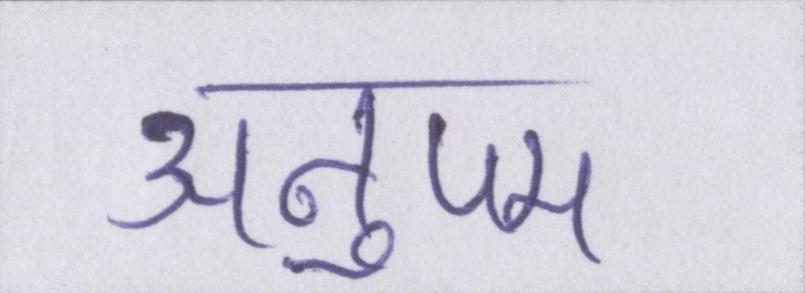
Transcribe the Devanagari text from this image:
अनुपम